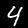
Digit: 4